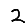
Digit: 2